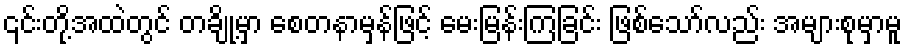
၎င်းတို့အထဲတွင် တချို့မှာ စေတနာမှန်ဖြင့် မေးမြန်းကြခြင်း ဖြစ်သော်လည်း အများစုမှာမူ